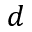
d